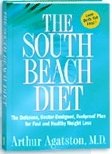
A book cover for South Beach Diet, 1 book; Health, Fitness & Dieting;